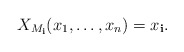
\begin{align*}X_{M_\mathbf i}(x_1, \dots, x_n) = x_\mathbf i.\end{align*}